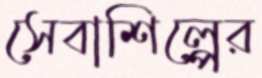
সেবাশিল্পের